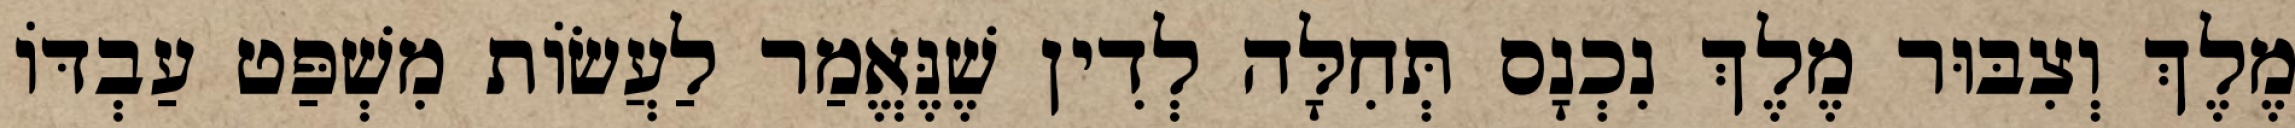
מֶלֶךְ וְצִבּוּר מֶלֶךְ נִכְנָס תְּחִלָּה לְדִין שֶׁנֶּאֱמַר לַעֲשׂוֹת מִשְׁפַּט עַבְדּוֹ